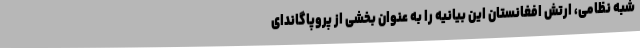
شبه نظامی، ارتش افغانستان این بیانیه را به عنوان بخشی از پروپاگاندای